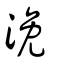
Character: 浼